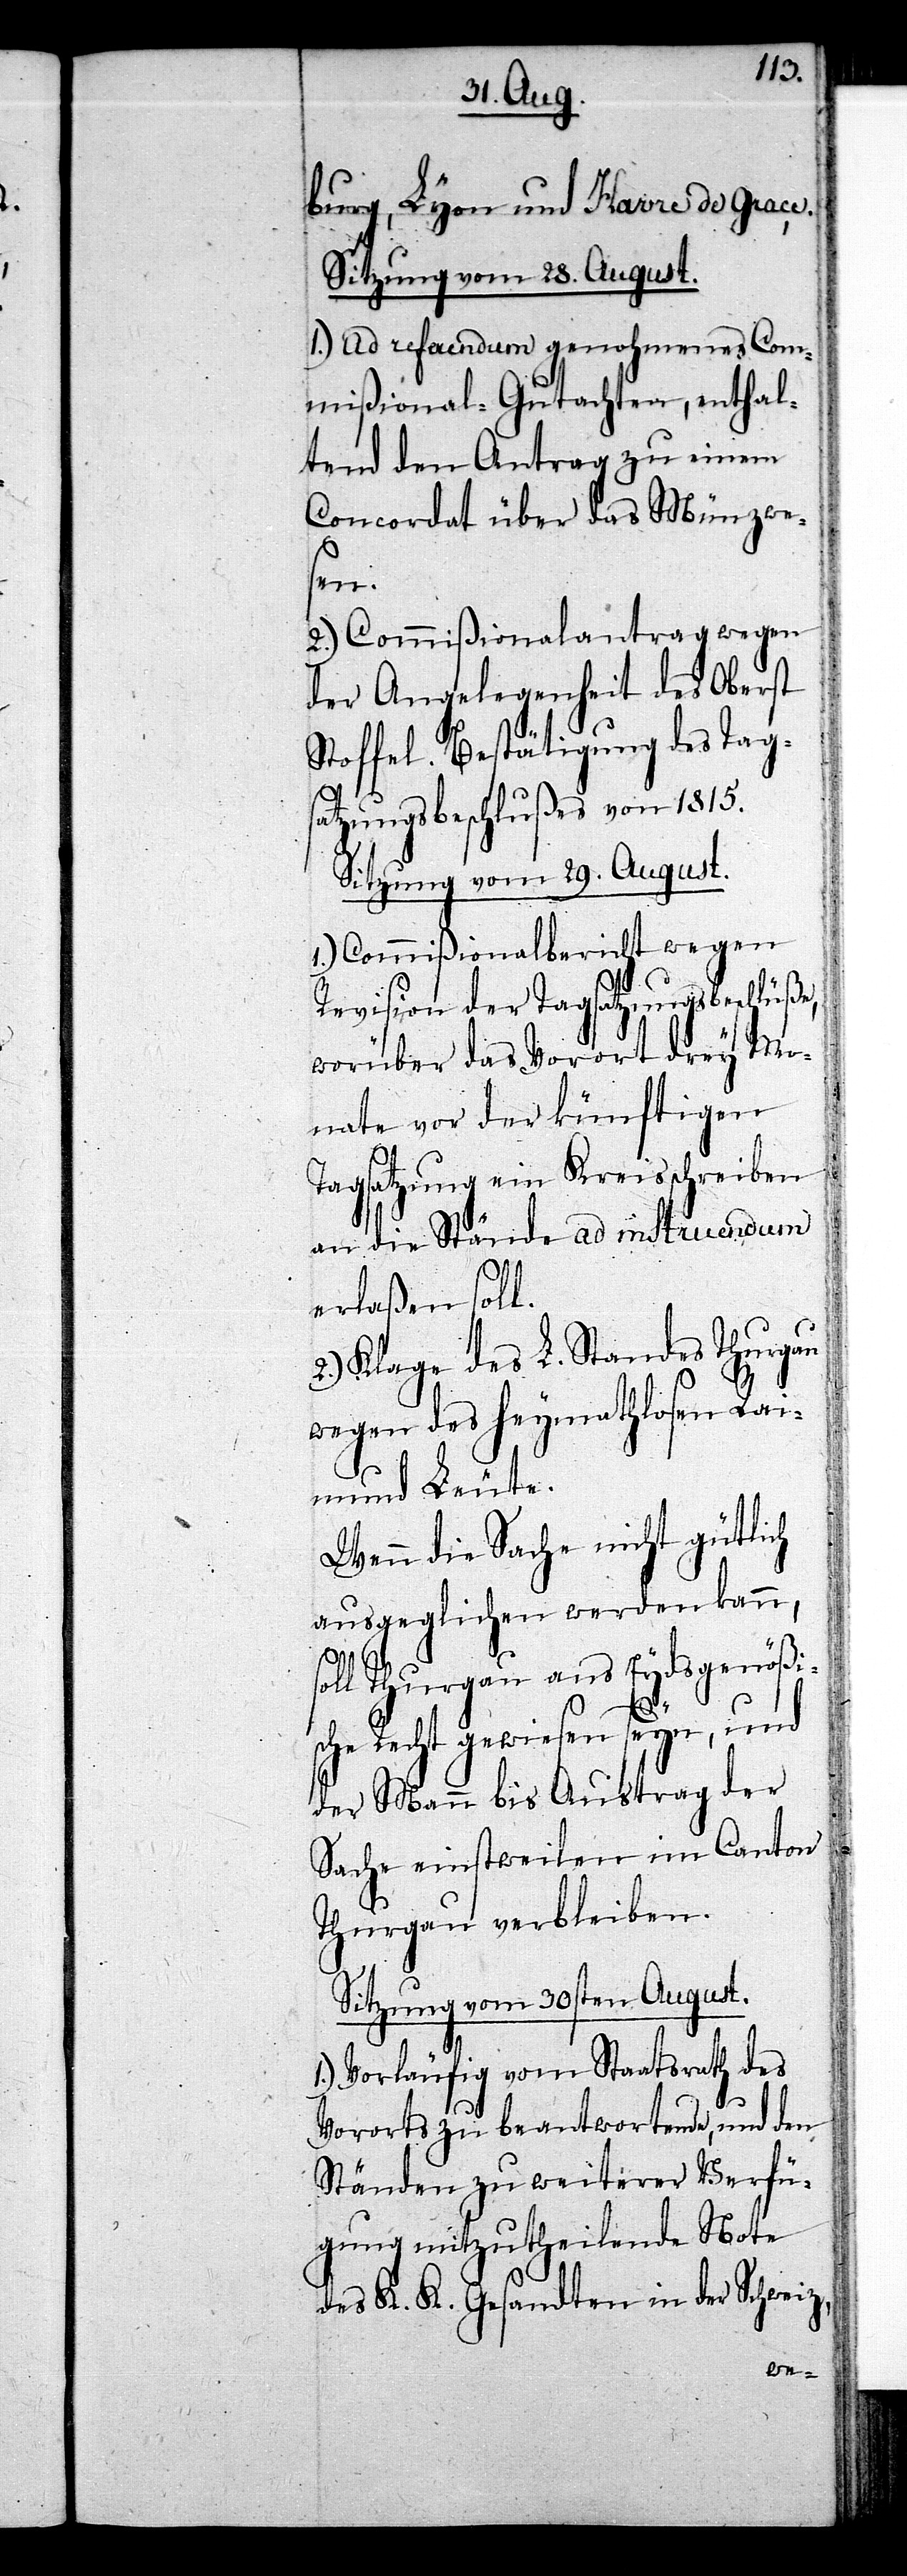
burg, Lyon und Havre de Grace.
Sitzung vom 30. August.
1.) Ad referendum genohmenes Com¬
mißional-Gutachten, enthal¬
tend den Antrag zu einem
Concordat über das Münzwe¬
sen.
2.) Commißionalantrag wegen
der Angelegenheit des Oberst
Stoffel. Bestätigung des Tag¬
satzungsbeschlußes von 1815.
Sitzung vom 29. August.
1.) Commißionalbericht wegen
Revision der Tagsatzungsbeschlüße,
worüber das Vorort drey Mo¬
nate vor der künftigen
Tagsatzung ein Kreisschreiben
an die Stände ad instruendum
erlaßen soll.
2.) Klage des L. Standes Thurgau
wegen des heymathlosen Rai¬
mund Leute.
Wenn die Sache nicht gütlich
ausgeglichen werden kann,
soll Thurgau ans Eydsgenößi¬
sche Recht gewiesen seyn, und
der Mann bis Austrag der
Sache einstweilen im Canton
Thurgau verbleiben.
1.) Vorläufig vom Staatsrath des
Vororts zu beantwortende , und den
Ständen zu weiterer Verfü¬
gung mitzutheilende Note
des K. K. Gesandten in der Schwei¬

z,